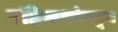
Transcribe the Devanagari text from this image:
रहिवाशांकडून